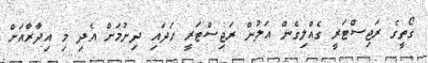
ގޯތީގެ ރަޖިސްޓަރީ ގެއްލިގެން އަލުން ރަޖިސްޓަރީ ހަދައި ދިނުމަށް އެދި މި އިދާރާއަށް